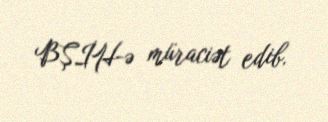
BŞİH-ə müraciət edib.